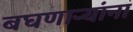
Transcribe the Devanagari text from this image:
बघणाऱ्यांना